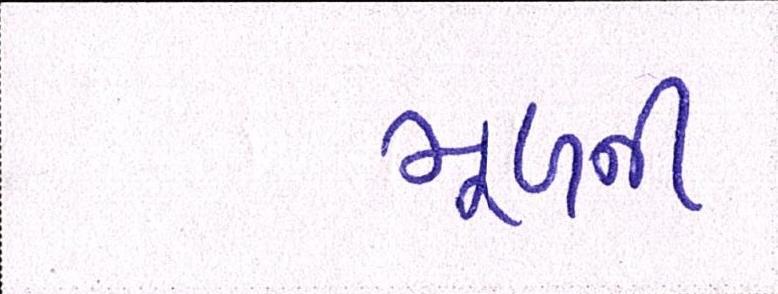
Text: મૂળની